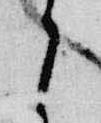
之